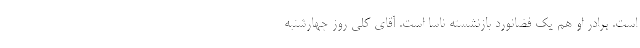
است. برادر او هم یک فضانورد بازنشسته ناسا است. آقای کلی روز چهارشنبه